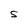
Character: S